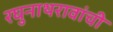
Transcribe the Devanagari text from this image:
रघुनाथरावांची